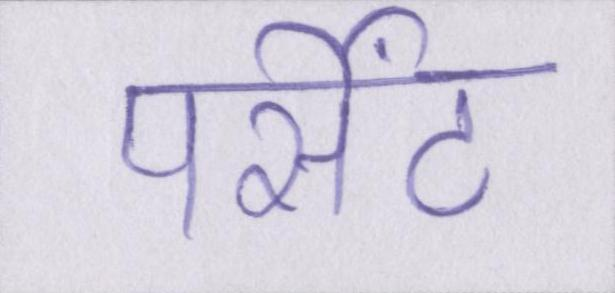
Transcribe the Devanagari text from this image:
पर्सेंट